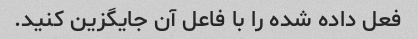
فعل داده شده را با فاعل آن جایگزین کنید.